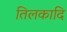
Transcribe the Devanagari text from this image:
तिलकादि